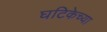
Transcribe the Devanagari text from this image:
घटिकेच्या